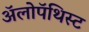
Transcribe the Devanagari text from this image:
अॅलोपॅथिस्ट